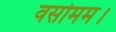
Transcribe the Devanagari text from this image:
वसोमम।